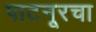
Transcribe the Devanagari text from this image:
पाटनूरचा